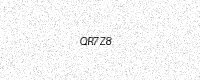
Text: QR7Z8